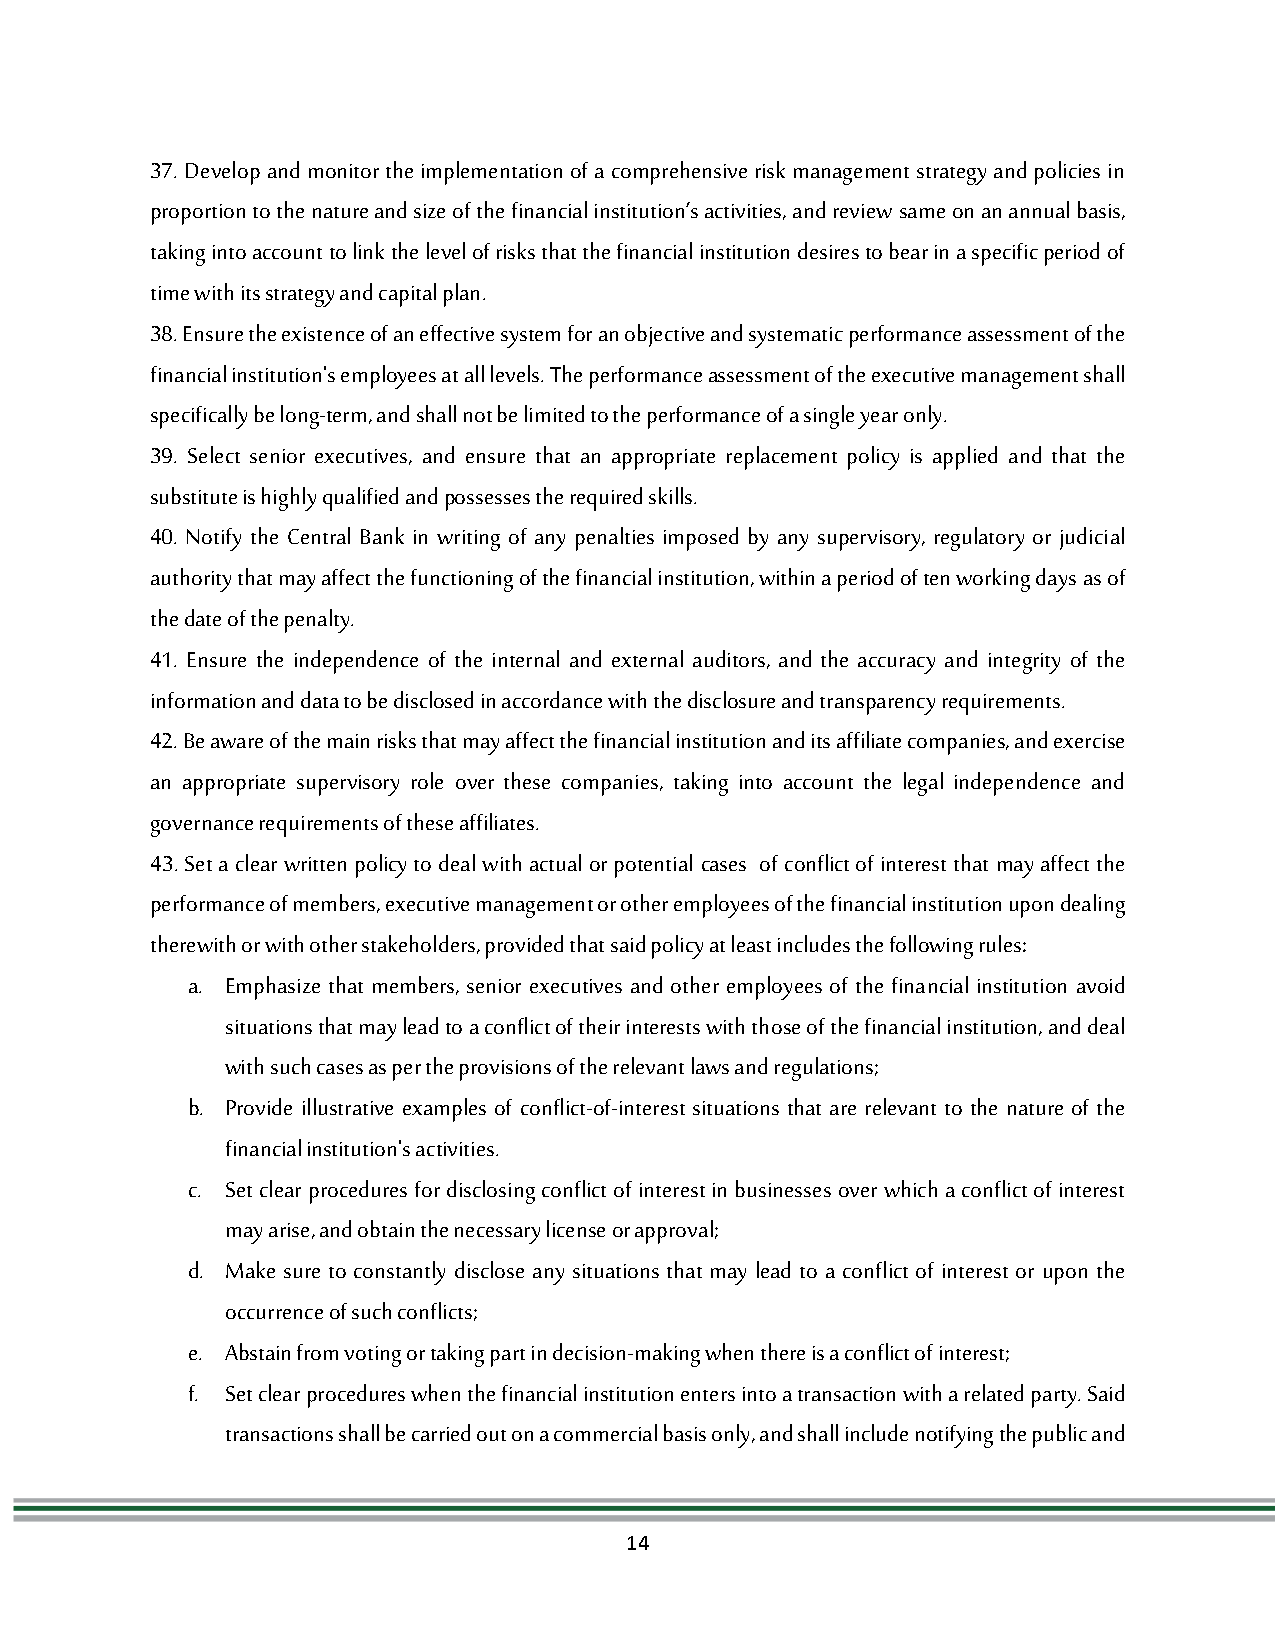
37. Develop and monitor the implementation of a comprehensive risk management strategy and policies in
 proportion to the nature and size of the financial institution’s activities, and review same on an annual basis,
 taking into account to link the level of risks that the financial institution desires to bear in a specific period of
 time with its strategy and capital plan.
 38. Ensure the existence of an effective system for an objective and systematic performance assessment of the
 financial institution's employees at all levels. The performance assessment of the executive management shall
 specifically be long-term, and shall not be limited to the performance of a single year only.
 39. Select senior executives, and ensure that an appropriate replacement policy is applied and that the
 substitute is highly qualified and possesses the required skills.
 40. Notify the Central Bank in writing of any penalties imposed by any supervisory, regulatory or judicial
 authority that may affect the functioning of the financial institution, within a period of ten working days as of
 the date of the penalty.
 41. Ensure the independence of the internal and external auditors, and the accuracy and integrity of the
 information and data to be disclosed in accordance with the disclosure and transparency requirements.
 42. Be aware of the main risks that may affect the financial institution and its affiliate companies, and exercise
 an appropriate supervisory role over these companies, taking into account the legal independence and
 governance requirements of these affiliates.
 43. Set a clear written policy to deal with actual or potential cases of conflict of interest that may affect the
 performance of members, executive management or other employees of the financial institution upon dealing
 therewith or with other stakeholders, provided that said policy at least includes the following rules:
 a. Emphasize that members, senior executives and other employees of the financial institution avoid
 situations that may lead to a conflict of their interests with those of the financial institution, and deal
 with such cases as per the provisions of the relevant laws and regulations;
 b. Provide illustrative examples of conflict-of-interest situations that are relevant to the nature of the
 financial institution's activities.
 c. Set clear procedures for disclosing conflict of interest in businesses over which a conflict of interest
 may arise, and obtain the necessary license or approval;
 d. Make sure to constantly disclose any situations that may lead to a conflict of interest or upon the
 occurrence of such conflicts;
 e. Abstain from voting or taking part in decision-making when there is a conflict of interest;
 f. Set clear procedures when the financial institution enters into a transaction with a related party. Said
 transactions shall be carried out on a commercial basis only, and shall include notifying the public and
 14